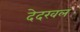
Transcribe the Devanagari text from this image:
देदखल